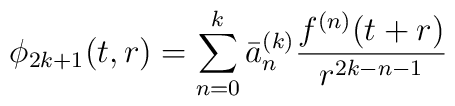
\phi_{2k+1}(t,r) = \sum_{n=0}^{k} \bar a_{n}^{(k)} \frac{f^{(n)}(t+r)}{r^{2k-n-1}}